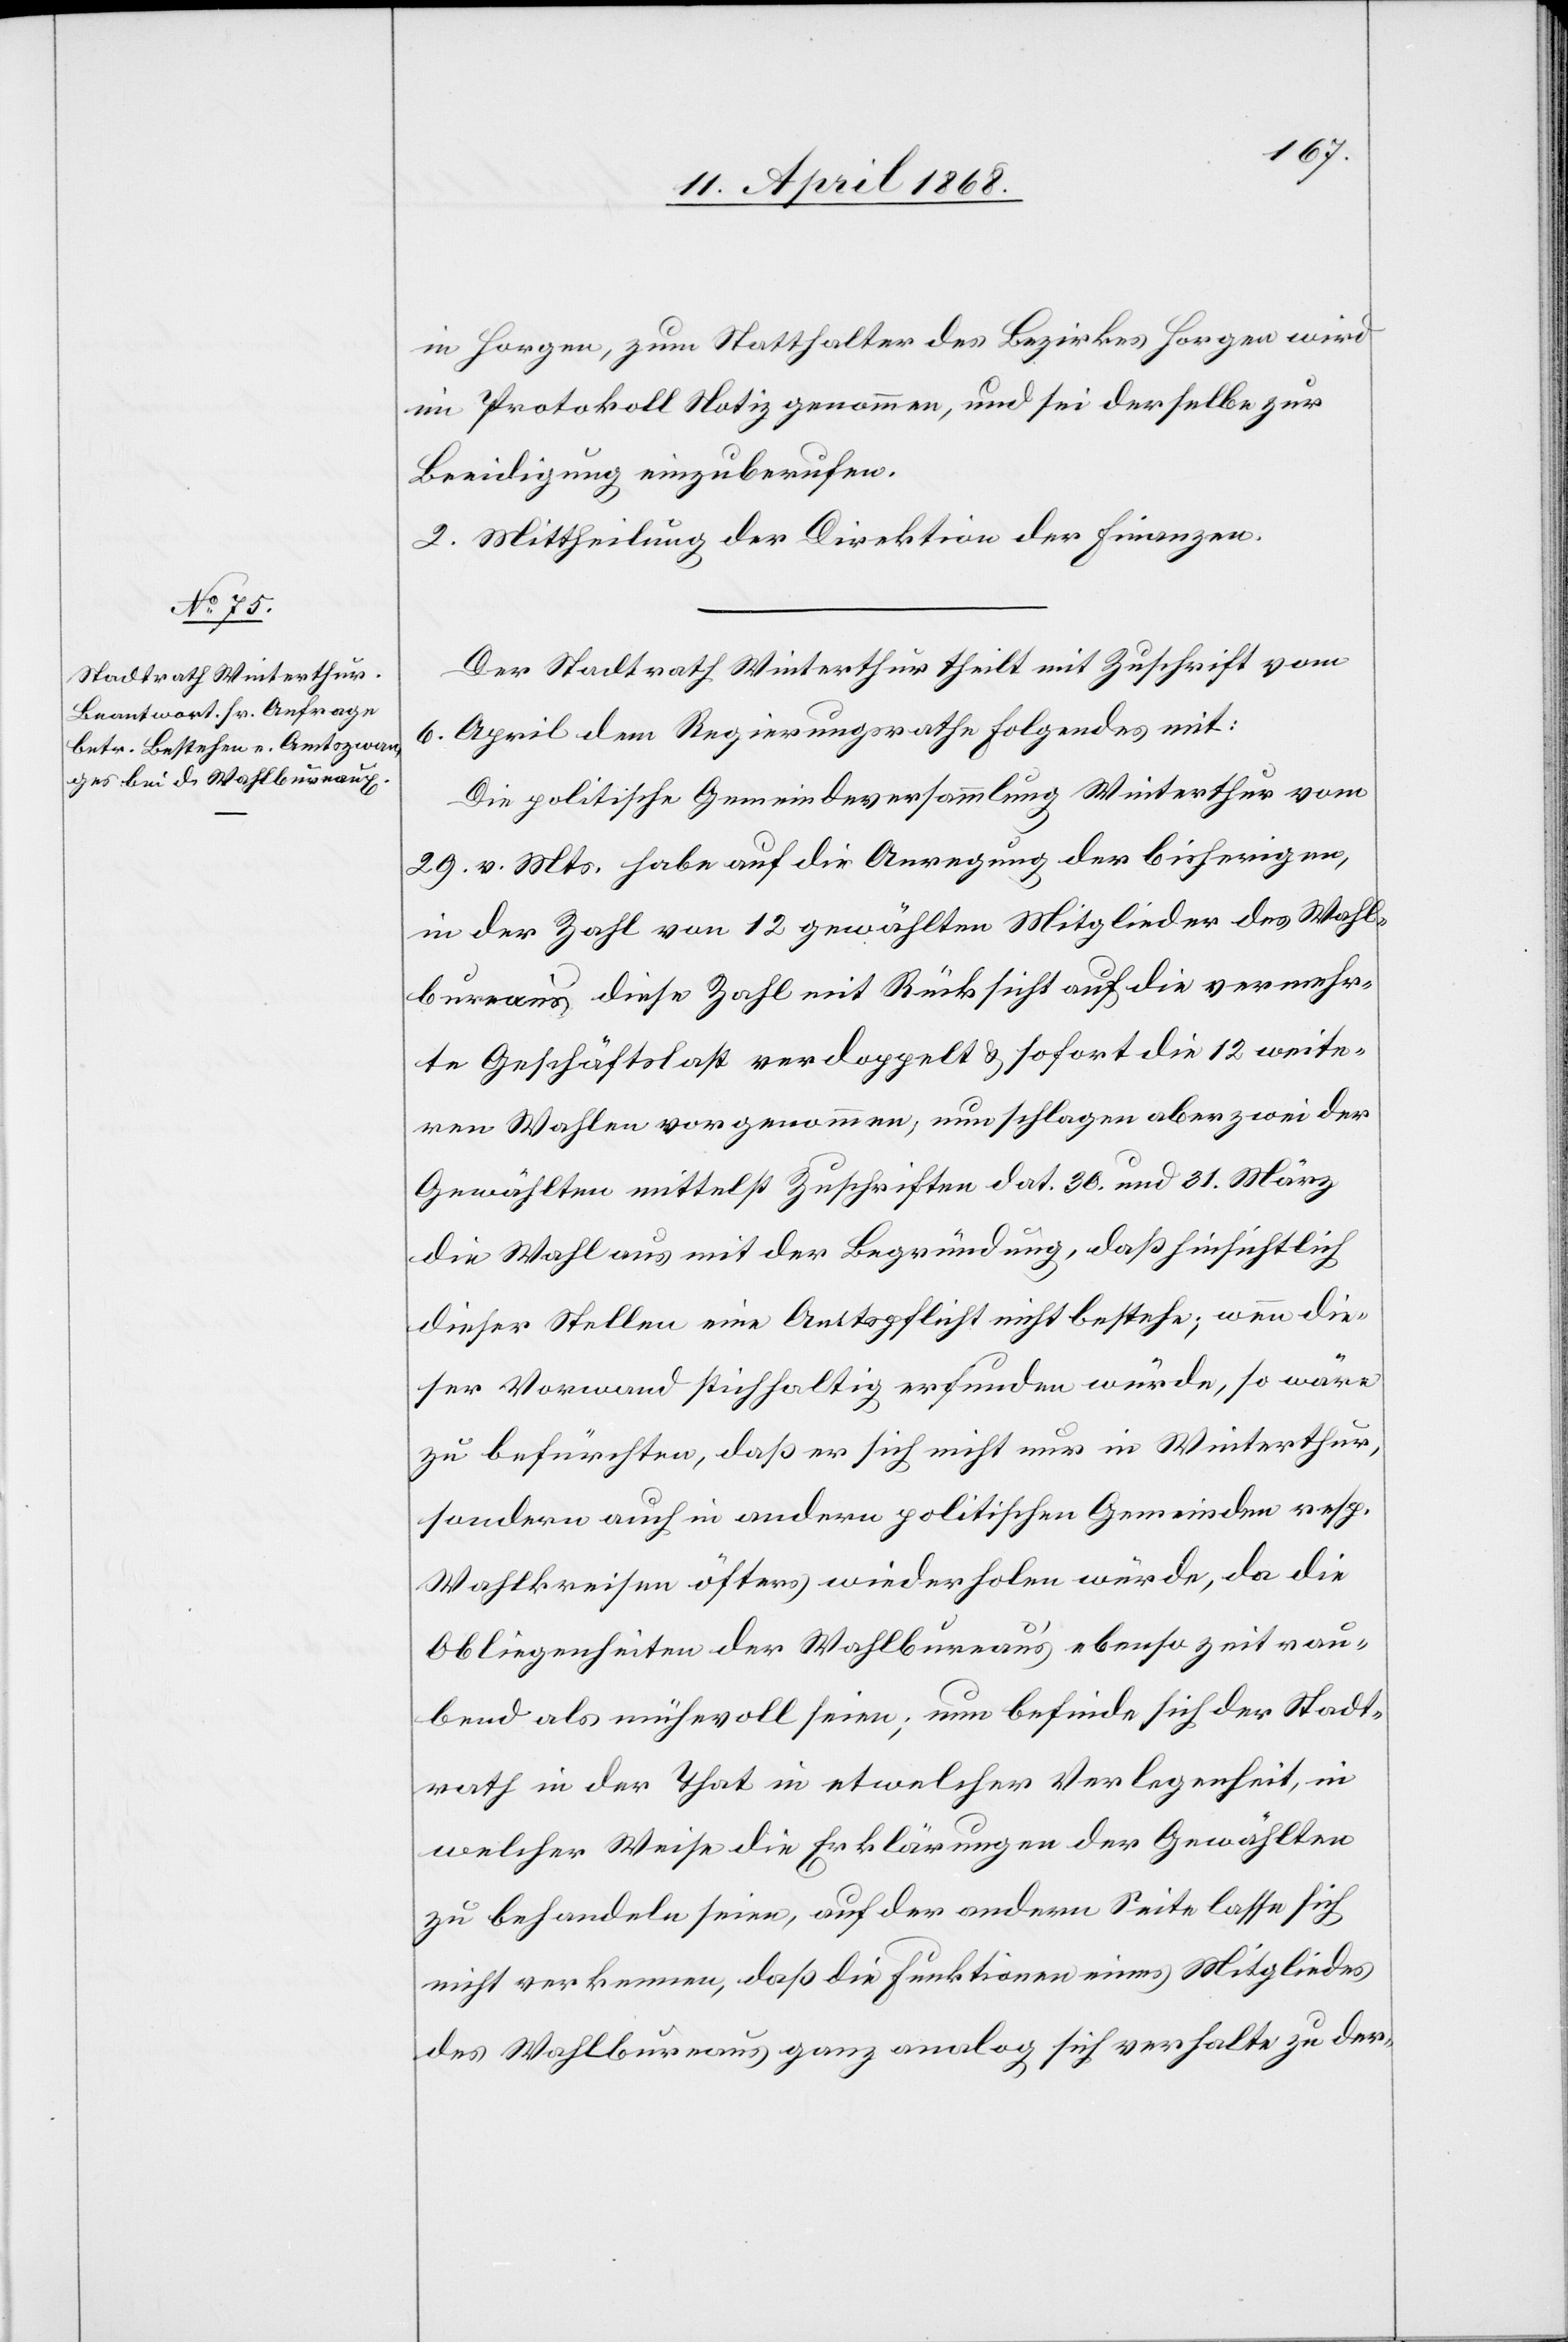
in Horgen, zum Statthalter des Bezirkes Horgen wird
im Protokoll Notiz genommen, und sei derselbe zur
Beeidigung einzuberufen.
2. Mittheilung der Direktion der Finanzen.
Der Stadtrath Winterthur theilt mit Zuschrift vom
6. April dem Regierungsrathe Folgendes mit:
Die politische Gemeindeversammlung Winterthur vom
29. v. Mts. habe auf die Anregung der bisherigen,
in der Zahl von 12 gewählten Mitglieder des Wahl¬
bureaus diese Zahl mit Rücksicht auf die vermehr¬
te Geschäftslast verdoppelt & sofort die 12 weite¬
ren Wahlen vorgenommen, nun schlagen aber zwei der
Gewählten mittelst Zuschriften dat. 30. und 31. März
die Wahl aus mit der Begründung, daß hinsichtlich
dieser Stellen eine Amtspflicht nicht bestehe; wenn die¬
ser Vorwand stichhaltig erfunden würde, so wäre
zu befürchten, daß er sich nicht nur in Winterthur,
sondern auch in andern politischen Gemeinden resp.
Wahlkreisen öfters wiederholen würde, da die
Obliegenheiten der Wahlbureau’s ebenso zeitrau¬
bend als mühevoll seien; nun befinde sich der Stadt¬
rath in der That in etwelcher Verlegenheit, in
welcher Weise die Erklärungen der Gewählten
zu behandeln seien, auf der andern Seite lasse sich
nicht verkennen, daß die Funktionen [sic!] eines Mitgliedes
des Wahlbureaus ganz analog sich verhalte zu der-